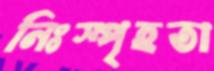
নিঃস্পৃহতা